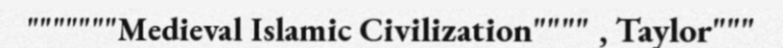
"""""""Medieval Islamic Civilization"""" , Taylor"""